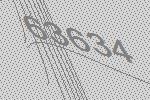
63634